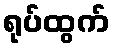
ရုပ်ထွက်